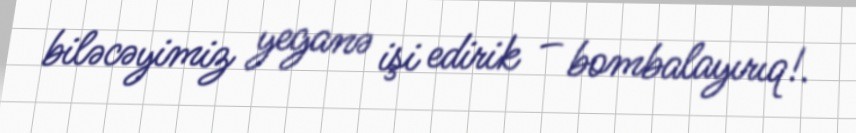
biləcəyimiz yeganə işi edirik – bombalayırıq!.